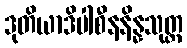
ဒုတိယာဒိပါစီနနိန္နသုတ္တ